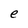
Character: e